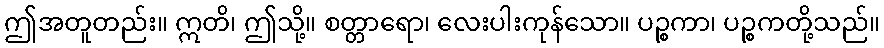
ဤအတူတည်း။ ဣတိ၊ ဤသို့။ စတ္တာရော၊ လေးပါးကုန်သော။ ပဉ္စကာ၊ ပဉ္စကတို့သည်။